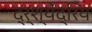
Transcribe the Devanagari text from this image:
द्र्श्येंद्रिय